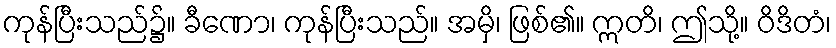
ကုန်ပြီးသည်၌။ ခီဏော၊ ကုန်ပြီးသည်။ အမှိ၊ ဖြစ်၏။ ဣတိ၊ ဤသို့။ ဝိဒိတံ၊